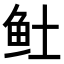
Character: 𬶂